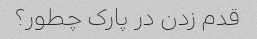
قدم زدن در پارک چطور؟